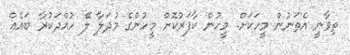
ތިވާނީ އެތަނުން މީހަކަށް. މީހުން ކާފަރުކޮށް މީހުންގެ މުދަލާ ލޭ ހުއްދަކުރާ ބައެއް